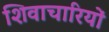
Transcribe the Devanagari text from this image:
शिवाचारियों